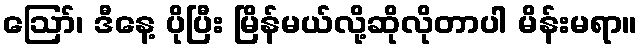
ဪ၊ ဒီနေ့ ပိုပြီး မြိန်မယ်လို့ဆိုလိုတာပါ မိန်းမရာ။